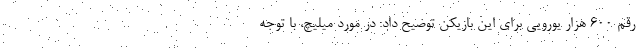
رقم 600 هزار یورویی برای این بازیکن توضیح داد: در مورد میلیچ، با توجه